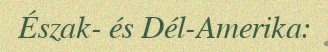
Észak- és Dél-Amerika: